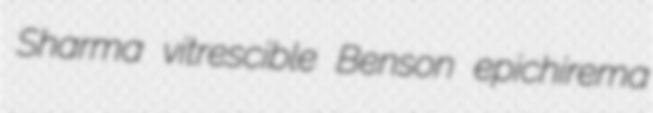
Sharma vitrescible Benson epichirema